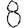
Digit: 8